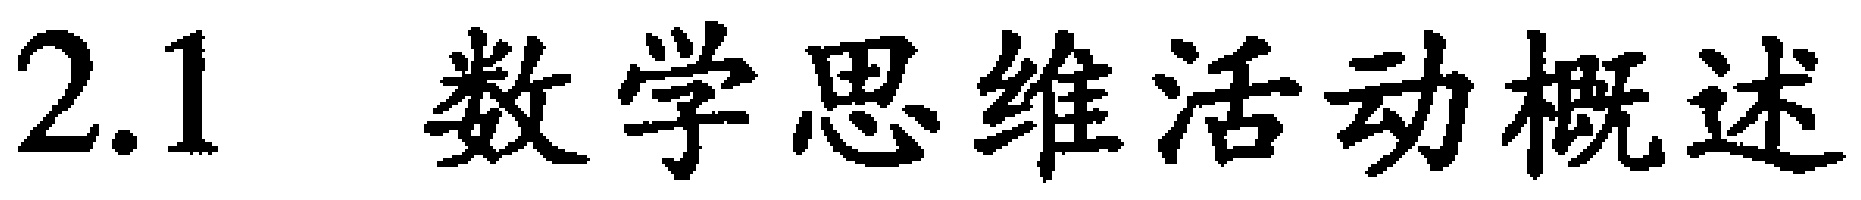
2.1 数学思维活动概述